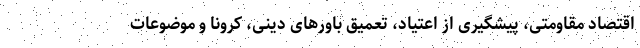
اقتصاد مقاومتی، پیشگیری از اعتیاد، تعمیق باورهای دینی، کرونا و موضوعات